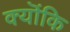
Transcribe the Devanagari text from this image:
क्यॊंकि